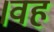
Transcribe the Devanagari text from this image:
।वह